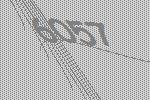
6057